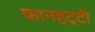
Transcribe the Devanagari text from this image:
कानहट्टी